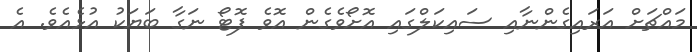
މައްޗަށް އަރައިގެންނާއި ސައިކަލްގައި އޮށޯވެގެން އޮވެ ފޮޓޯ ނަގާ ބަޔަކު އުޅެއެވެ. އެ